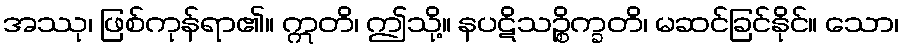
အဿု၊ ဖြစ်ကုန်ရာ၏။ ဣတိ၊ ဤသို့။ နပဋိသဉ္စိက္ခတိ၊ မဆင်ခြင်နိုင်။ သော၊